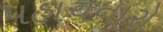
પહાચનારો